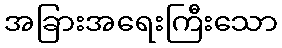
အခြားအရေးကြီးသော